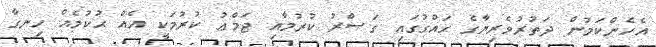
އެހެންކަމުން ދަތުރުވެރިޔާގެ ޙައްގުގައި ގަޞްރު ކުރުމާއި ޖަމްޢު ކުރުމަކީ އެއް ޙުކުމެއް ހިނގާ